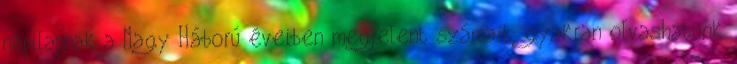
napilapnak a Nagy Háború éveiben megjelent számait, gyakran olvashatunk